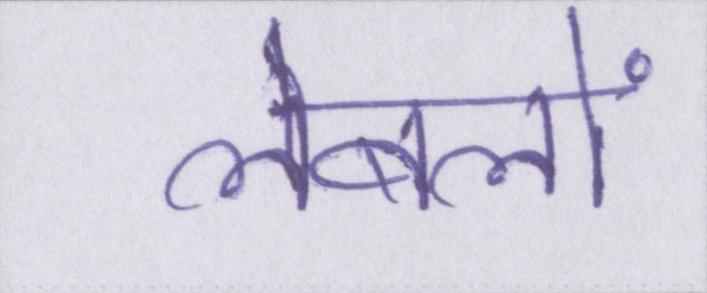
लेबलों